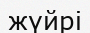
жүйрі